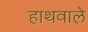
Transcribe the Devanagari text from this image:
हाथवाले